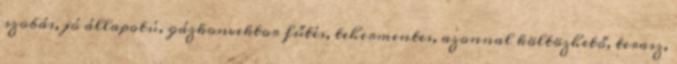
szobás, jó állapotú, gázkonvektor fűtés, tehermentes, azonnal költözhető, terasz,